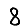
Digit: 8